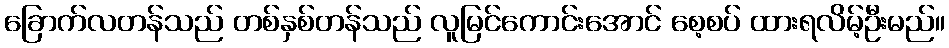
ခြောက်လတန်သည် တစ်နှစ်တန်သည် လူမြင်ကောင်းအောင် စေ့စပ် ထားရလိမ့်ဦးမည်။